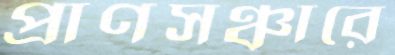
প্রাণসঞ্চারে